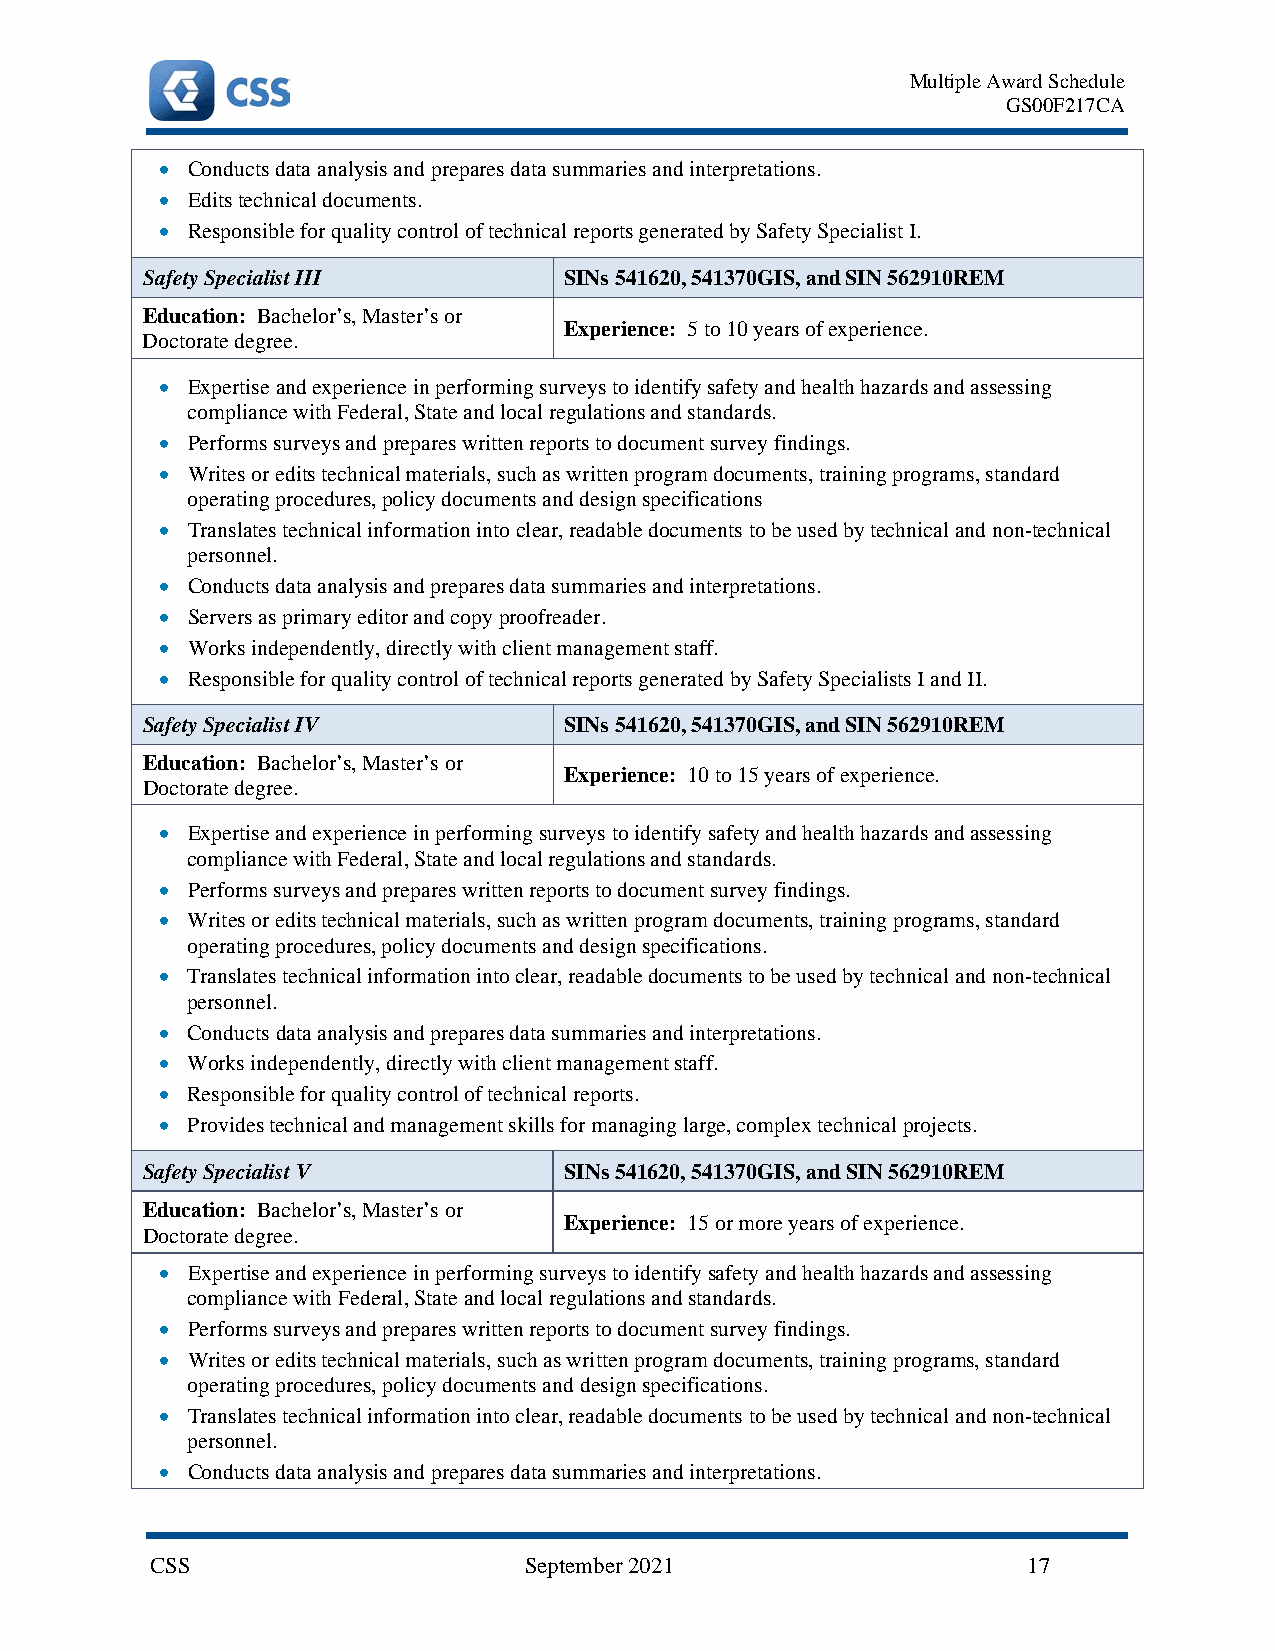
Multiple Award Schedule
 GS00F217CA
 • Conducts data analysis and prepares data summaries and interpretations.
 • Edits technical documents.
 • Responsible for quality control of technical reports generated by Safety Specialist I.
 Safety Specialist III       SINs 541620, 541370GIS, and SIN 562910REM
 Education: Bachelor’s, Master’s or
 Experience: 5 to 10 years of experience.
 Doctorate degree.
 • Expertise and experience in performing surveys to identify safety and health hazards and assessing
 compliance with Federal, State and local regulations and standards.
 • Performs surveys and prepares written reports to document survey findings.
 • Writes or edits technical materials, such as written program documents, training programs, standard
 operating procedures, policy documents and design specifications
 • Translates technical information into clear, readable documents to be used by technical and non-technical
 personnel.
 • Conducts data analysis and prepares data summaries and interpretations.
 • Servers as primary editor and copy proofreader.
 • Works independently, directly with client management staff.
 • Responsible for quality control of technical reports generated by Safety Specialists I and II.
 Safety Specialist IV        SINs 541620, 541370GIS, and SIN 562910REM
 Education: Bachelor’s, Master’s or
 Experience: 10 to 15 years of experience.
 Doctorate degree.
 • Expertise and experience in performing surveys to identify safety and health hazards and assessing
 compliance with Federal, State and local regulations and standards.
 • Performs surveys and prepares written reports to document survey findings.
 • Writes or edits technical materials, such as written program documents, training programs, standard
 operating procedures, policy documents and design specifications.
 • Translates technical information into clear, readable documents to be used by technical and non-technical
 personnel.
 • Conducts data analysis and prepares data summaries and interpretations.
 • Works independently, directly with client management staff.
 • Responsible for quality control of technical reports.
 • Provides technical and management skills for managing large, complex technical projects.
 Safety Specialist V         SINs 541620, 541370GIS, and SIN 562910REM
 Education: Bachelor’s, Master’s or
 Experience: 15 or more years of experience.
 Doctorate degree.
 • Expertise and experience in performing surveys to identify safety and health hazards and assessing
 compliance with Federal, State and local regulations and standards.
 • Performs surveys and prepares written reports to document survey findings.
 • Writes or edits technical materials, such as written program documents, training programs, standard
 operating procedures, policy documents and design specifications.
 • Translates technical information into clear, readable documents to be used by technical and non-technical
 personnel.
 • Conducts data analysis and prepares data summaries and interpretations.
 CSS                      September 2021                   17